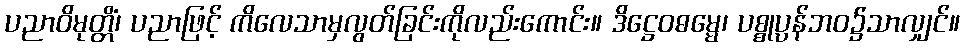
ပညာဝိမုတ္တိံ၊ ပညာဖြင့် ကိလေသာမှလွတ်ခြင်းကိုလည်းကောင်း။ ဒိဋ္ဌေဝဓမ္မေ၊ ပစ္စုပ္ပန်ဘဝ၌သာလျှင်။